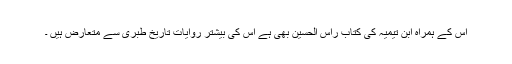
اس کے ہمراہ ابن تیمیہ کی کتاب راس الحسین بھی ہے اس کی بیشتر روایات تاریخ طبری سے متعارض ہیں ۔